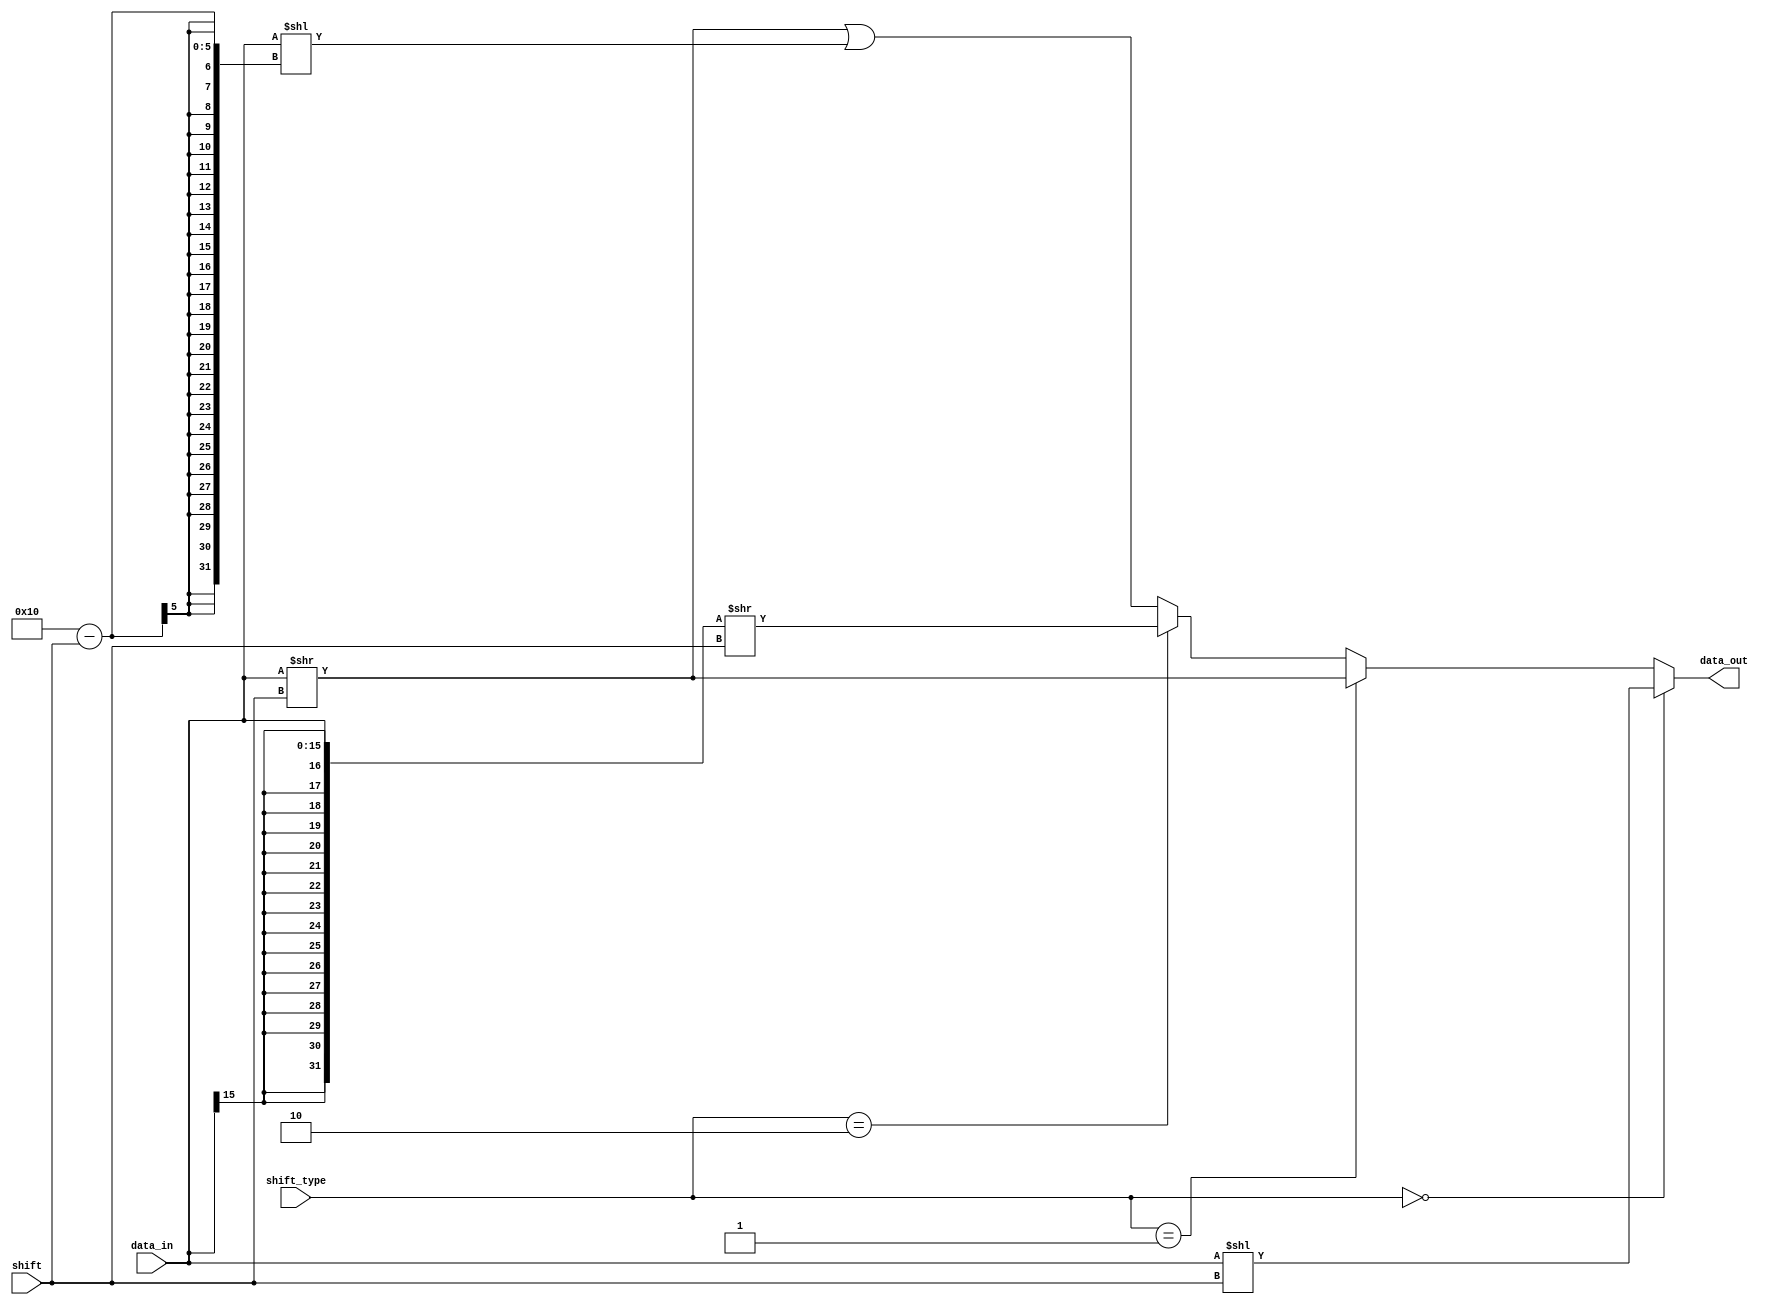
module barrel (shift_type, shift, data_in, data_out);
		input wire [1:0] shift_type;
		input wire [3:0] shift;
		input wire [15:0] data_in;
		output reg [15:0] data_out;
		parameter lsl = 2'b00, lsr = 2'b01, asr = 2'b10, ror = 2'b11;
			
			always @(*)
				if (shift_type == lsl)begin
				data_out = data_in << shift;     //0001  -> 0100
				end
				else if (shift_type == lsr)
				data_out = data_in >> shift;
				
				else if (shift_type == asr)
				data_out = {{16{data_in[15]}},data_in} >> shift; // sign extend
				
				else // ror
				data_out = (data_in >> shift) | (data_in << (16 - shift));
				
	endmodule